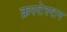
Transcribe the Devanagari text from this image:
क्रस्टेस्टन